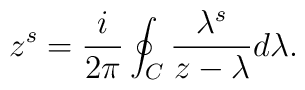
z^s=\frac{i}{2\pi}\oint_C \frac{\lambda^s}{z-\lambda}d\lambda.